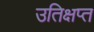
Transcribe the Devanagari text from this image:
उतिक्षप्त